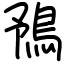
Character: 𩿎